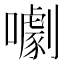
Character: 㘌